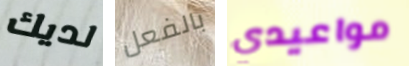
لديك بالفعل مواعيدي